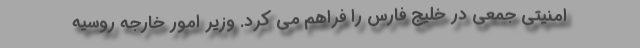
امنیتی جمعی در خلیج فارس را فراهم می کرد. وزیر امور خارجه‌ روسیه